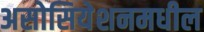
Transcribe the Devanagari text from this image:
असोसियेशनमधील